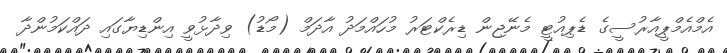
އެމްއެމްޕީއާރުސީގެ ޑެޕިއުޓީ މެނޭޖިން ޑިރެކްޓަރު މުހައްމަދު އާދަމް (މޯޑު) ވިދާޅުވީ އިންޑިޔާގައި ދައްކަމުންދާ